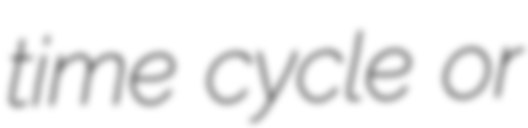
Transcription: time cycle or